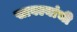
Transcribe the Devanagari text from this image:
सावल्यांची